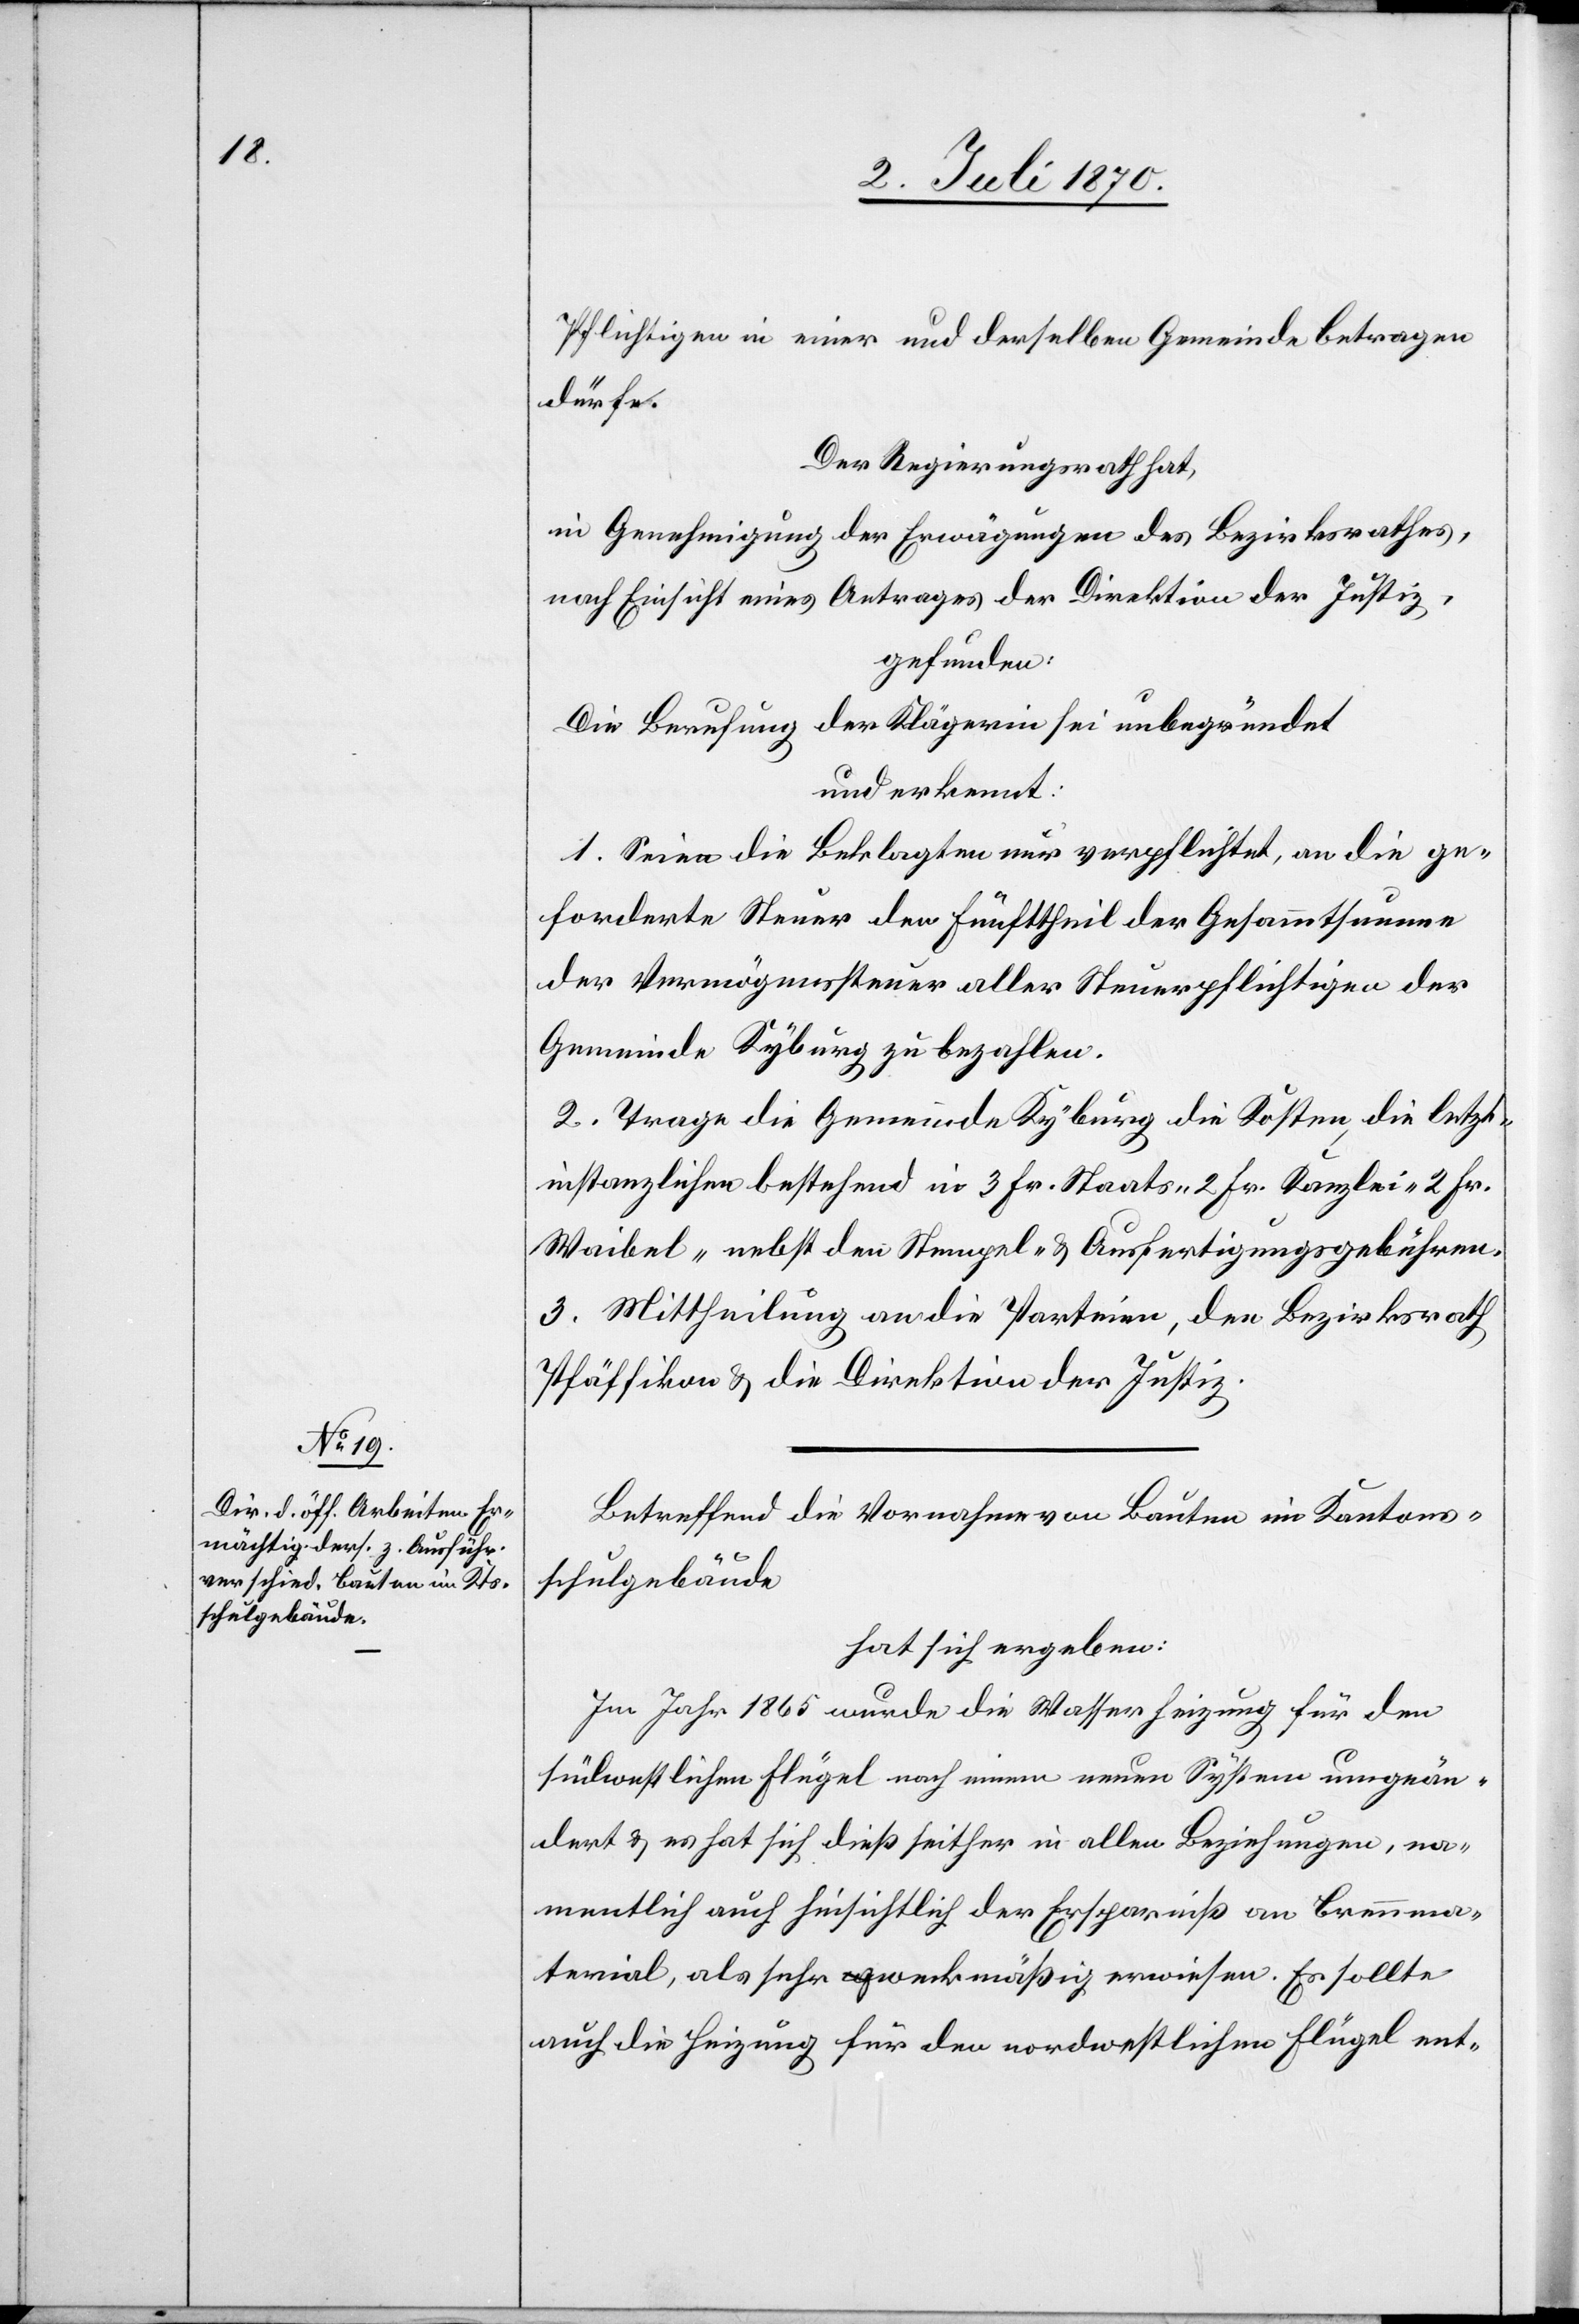
Pflichtigen in einer und derselben Gemeinde betragen
dürfe.
Der Regierungsrath hat,
in Genehmigung der Erwägungen des Bezirksrathes,
nach Einsicht eines Antrages der Direktion der Justiz,
gefunden:
Die Berufung der Klägerin sei unbegründet
und erkannt:
1. Seien die Beklagten nur verpflichtet, an die ge¬
forderte Steuer den Fünftheil der Gesammtsumme
der Vermögenssteuer aller Steuerpflichtigen der
Gemeinde Kyburg zu bezahlen.
2. Trage die Gemeinde Kyburg die Kosten, die letzt¬
instanzlichen bestehend in 3 Fr. Staats- 2 Fr. Kanzlei- 2 Fr.
Waibel- nebst den Stempel- & Ausfertigungsgebühren.
3. Mittheilung an die Parteien, den Bezirksrath
Pfäffikon & die Direktion der Justiz.
Betreffend die Vornahme von Bauten im Kantons¬
schulgebäude
hat sich ergeben:
Im Jahr 1865 wurde die Wasserheizung für den
südwestlichen Flügel nach einem neuen System umgeän¬
dert & es hat sich dieß seither in allen Beziehungen, na¬
mentlich auch hinsichtlich der Ersparniß an Brennma¬
terial, als sehr zweckmäßig erwiesen. Es sollte
auch die Heizung für den nordwestlichen Flügel ent-